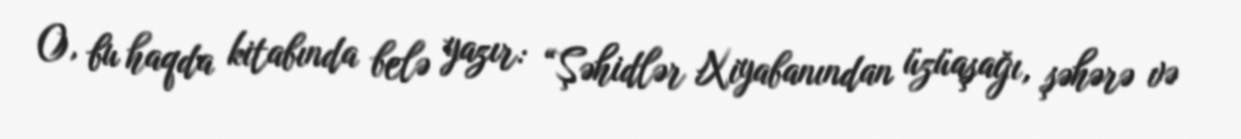
O, bu haqda kitabında belə yazır: “Şəhidlər Xiyabanından üzüaşağı, şəhərə və